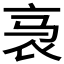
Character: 𬡇